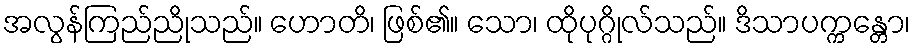
အလွန်ကြည်ညိုသည်။ ဟောတိ၊ ဖြစ်၏။ သော၊ ထိုပုဂ္ဂိုလ်သည်။ ဒိသာပက္ကန္တော၊